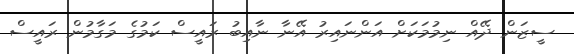
ސީޒަން ދޭއް ނިމުމަކަށް އަންނައިރު އޭނާ ނާއިބު ރައީސް ކަމުގެ މަގާމުން ރައީސް